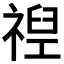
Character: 𮂈